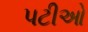
પટીઓ